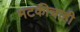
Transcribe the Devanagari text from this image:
मटकीचाही